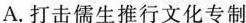
A. 打击儒生推行文化专制